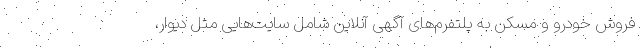
فروش خودرو و مسکن به پلتفرم‌های آگهی آنلاین شامل سایت‌هایی مثل دیوار،